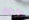
ولكن